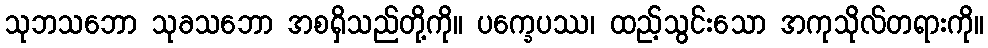
သုဘသဘော သုခသဘော အစရှိသည်တို့ကို။ ပက္ခေပဿ၊ ထည့်သွင်းသော အကုသိုလ်တရားကို။